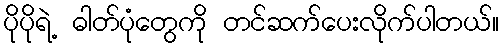
ပိုပိုရဲ့ ဓါတ်ပုံတွေကို တင်ဆက်ပေးလိုက်ပါတယ်။